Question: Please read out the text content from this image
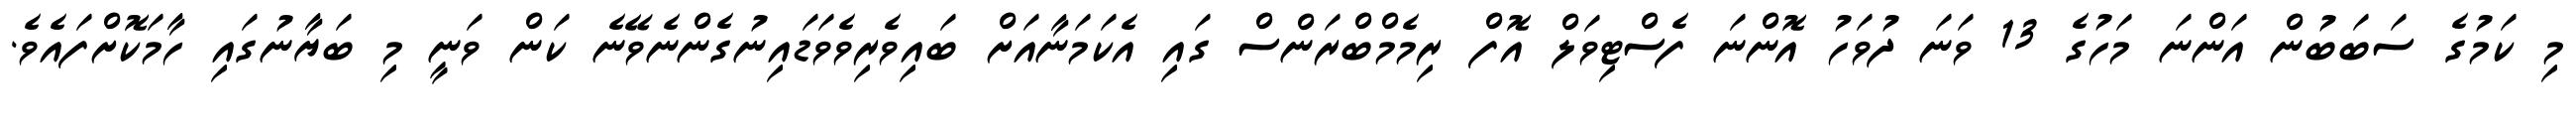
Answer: މި ކަމުގެ ސަބަބުން އަންނަ މަހުގެ 13 ވަނަ ދުވަހު އޮންނަ ފެސްޓިވަލް އޮފް ރިމެމްބްރަންސް ގައި އެކަމަނާއަށް ބައިވެރިވެވަޑައިނުގެންނެވޭނެ ކަން ވަނީ މި ބަޔާނުގައި ހާމަކޮށްފައެވެ.